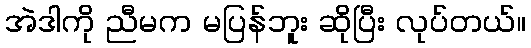
အဲဒါကို ညီမက မပြန်ဘူး ဆိုပြီး လုပ်တယ်။